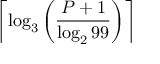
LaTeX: \left\lceil \log _ { 3 } \left( { \frac { P + 1 } { \log _ { 2 } 9 9 } } \right) \right\rceil